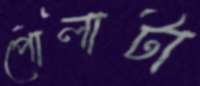
পোলাটা